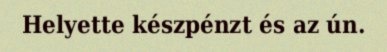
Helyette készpénzt és az ún.